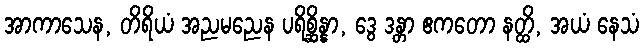
အာကာသေန, တိရိယံ အညမညေန ပရိစ္ဆိန္နာ, ဒွေ ဒန္တာ ဧကတော နတ္ထိ, အယံ နေသံ